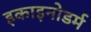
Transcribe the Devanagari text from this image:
इकाइनोडर्म